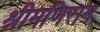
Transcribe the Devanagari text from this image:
श्रीमणिराम